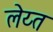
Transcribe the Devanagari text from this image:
लेय्त